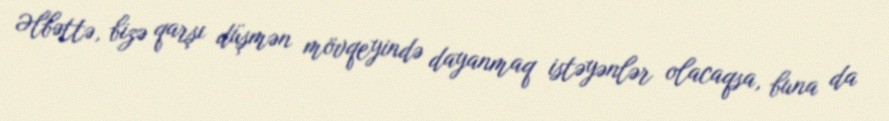
Əlbəttə, bizə qarşı düşmən mövqeyində dayanmaq istəyənlər olacaqsa, buna da